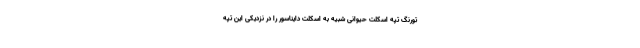
تورنگ تپه اسکلت حیوانی شبیه به اسکلت دایناسور را در نزدیکی این تپه